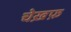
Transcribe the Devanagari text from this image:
चेख़फ़